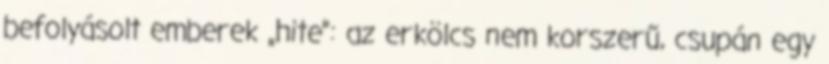
befolyásolt emberek „hite”: az erkölcs nem korszerű, csupán egy